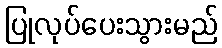
ပြုလုပ်ပေးသွားမည်